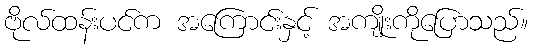
ဗိုလ်ထန်းပင်က အကြောင်းနှင့် အကျိုးကိုပြောသည်။